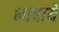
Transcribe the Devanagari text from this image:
भाषाये